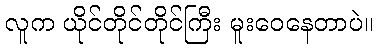
လူက ယိုင်တိုင်တိုင်ကြီး မူးဝေနေတာပဲ။